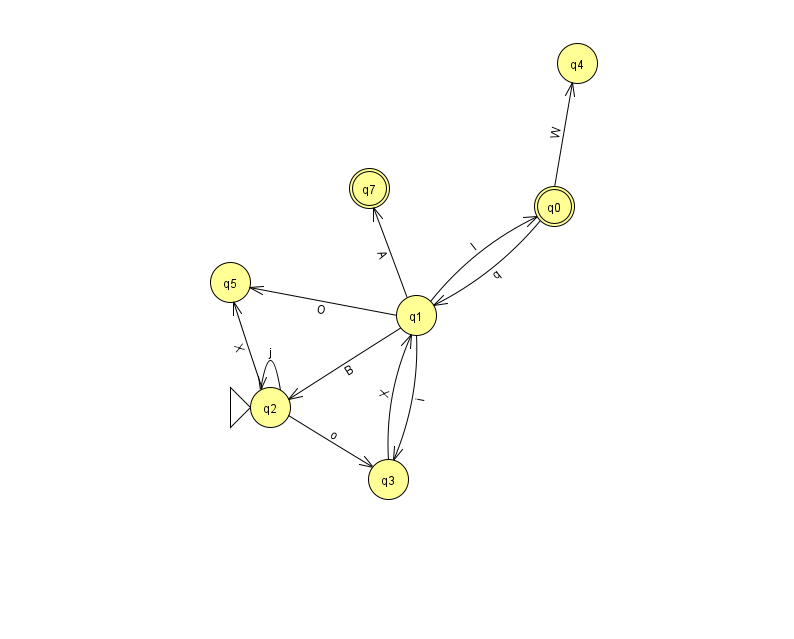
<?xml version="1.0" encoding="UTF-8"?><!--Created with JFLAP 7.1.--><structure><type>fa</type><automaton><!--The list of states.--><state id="0" name="q0"><x>554.0</x><y>193.0</y><final/></state><state id="1" name="q1"><x>416.0</x><y>302.0</y></state><state id="2" name="q2"><x>270.0</x><y>394.0</y><initial/></state><state id="3" name="q3"><x>388.0</x><y>466.0</y></state><state id="4" name="q4"><x>577.0</x><y>50.0</y></state><state id="5" name="q5"><x>230.0</x><y>269.0</y></state><state id="7" name="q7"><x>369.0</x><y>175.0</y><final/></state><!--The list of transitions.--><transition><from>1</from><to>2</to><read>B</read></transition><transition><from>2</from><to>3</to><read>o</read></transition><transition><from>0</from><to>4</to><read>W</read></transition><transition><from>1</from><to>0</to><read>l</read></transition><transition><from>1</from><to>7</to><read>A</read></transition><transition><from>3</from><to>1</to><read>X</read></transition><transition><from>1</from><to>3</to><read>i</read></transition><transition><from>1</from><to>5</to><read>O</read></transition><transition><from>2</from><to>2</to><read>j</read></transition><transition><from>0</from><to>1</to><read>q</read></transition><transition><from>2</from><to>5</to><read>X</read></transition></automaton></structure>